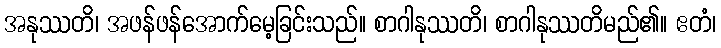
အနုဿတိ၊ အဖန်ဖန်အောက်မေ့ခြင်းသည်။ စာဂါနုဿတိ၊ စာဂါနုဿတိမည်၏။ ဧတံ၊